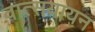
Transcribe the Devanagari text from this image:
वात्सयायन